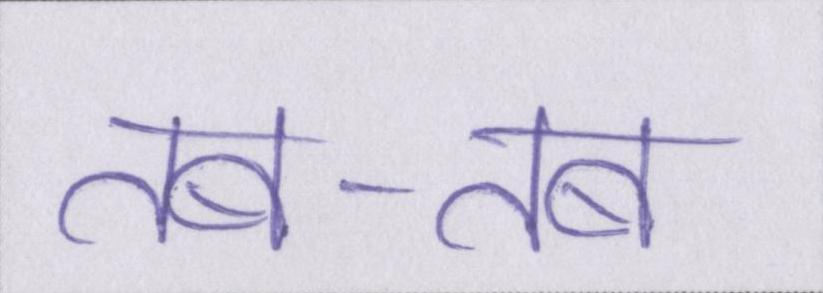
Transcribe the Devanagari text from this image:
तब-तब